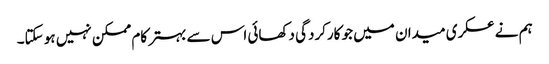
ہم نے عسکری میدان میں جو کارکردگی دکھائی اس سے بہتر کام ممکن نہیں ہو سکتا۔